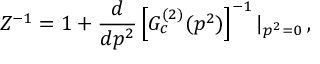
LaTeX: Z ^ { - 1 } = 1 + \frac { d } { d p ^ { 2 } } \left[ G _ { c } ^ { ( 2 ) } ( p ^ { 2 } ) \right] ^ { - 1 } | _ { p ^ { 2 } = 0 } \: ,